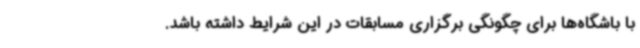
با باشگاه‌ها برای چگونگی برگزاری مسابقات در این شرایط داشته باشد.